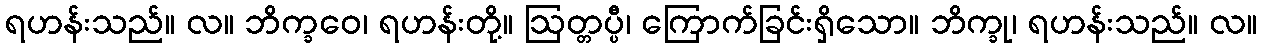
ရဟန်းသည်။ လ။ ဘိက္ခဝေ၊ ရဟန်းတို့။ ဩတ္တပ္ပီ၊ ကြောက်ခြင်းရှိသော။ ဘိက္ခု၊ ရဟန်းသည်။ လ။